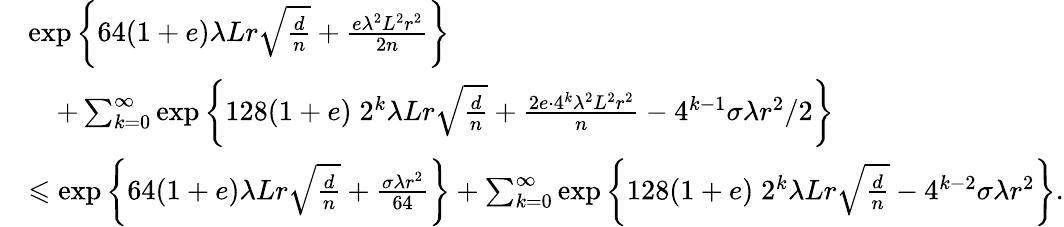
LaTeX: \begin{array}{rl}&{\exp\left\{ 64(1+e)\lambda Lr\sqrt{\frac{d}n}+\frac{e\lambda^{2}L^{2}r^{2}}{2n}\right\} }\\ &{\quad+\sum_{k=0}^{\infty}\exp\left\{ 128(1+e)\; 2^{k}\lambda Lr\sqrt{\frac{d}n}+\frac{2e\cdot 4^{k}\lambda^{2}L^{2}r^{2}}{n}-4^{k-1}\sigma\lambda r^{2}/2\right\} }\\ &{\leqslant\exp\left\{ 64(1+e)\lambda Lr\sqrt{\frac{d}n}+\frac{\sigma\lambda r^{2}}{64}\right\} +\sum_{k=0}^{\infty}\exp\left\{ 128(1+e)\; 2^{k}\lambda Lr\sqrt{\frac{d}n}-4^{k-2}\sigma\lambda r^{2}\right\} .}\end{array}